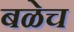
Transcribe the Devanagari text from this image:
बळेच